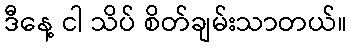
ဒီနေ့ ငါ သိပ် စိတ်ချမ်းသာတယ်။